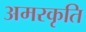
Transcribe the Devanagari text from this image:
अमरकृति